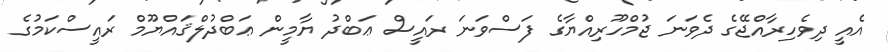
އެއީ ދިވެހިރާއްޖޭގެ ދެވަނަ ޖުމްހޫރިއްޔާގެ ފަސްވަނަ ރައީސް ޢަބްދު ޔާމީން ޢަބްދުލްޤައްޔޫމް ރައީސްކަމުގެ